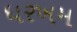
ધરખમ